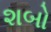
શબો